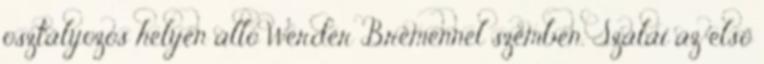
osztályozós helyen álló Werder Bremennel szemben. Szalai az első